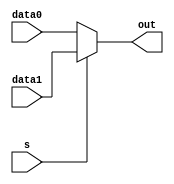
`timescale 1ns / 1ps
//////////////////////////////////////////////////////////////////////////////////
// Company: 
// Engineer: 
// 
// Design Name: 
// Module Name: MUX2
// Project Name: 
// Target Devices: 
// Tool Versions: 
// Description: 
// 
// Dependencies: 
// 
// Revision:
// Revision 0.01 - File Created
// Additional Comments:
// 
//////////////////////////////////////////////////////////////////////////////////


module MUX2(
    input       [31:0]  data0,
    input       [31:0]  data1,
    input               s,
    output      [31:0]  out  
    );
    assign out=(s)?data1:data0;
endmodule